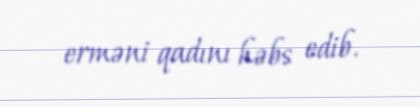
erməni qadını həbs edib.